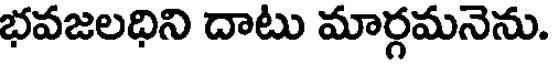
భవజలధిని దాటు మార్గమనెను.